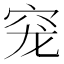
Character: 𰩅